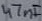
Text: 47nF